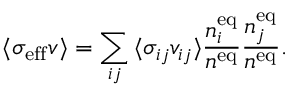
{ \langle \sigma _ { \mathrm { e f f } } v \rangle } = \sum _ { i j } { \langle \sigma _ { i j } v _ { i j } \rangle } { \frac { n _ { i } ^ { \mathrm { e q } } } { n ^ { \mathrm { e q } } } } { \frac { n _ { j } ^ { \mathrm { e q } } } { n ^ { \mathrm { e q } } } } .